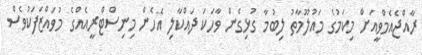
ރާއްޖެއެމްވީއަށް މިކަމުގެ މައުލޫމާތު ލިބުމާ ގުޅިގެން ވާހަކަ ދައްކާލި އެހެން މިނިސްޓްރީއެއްގެ މުވައްޒަފަކުވެސް